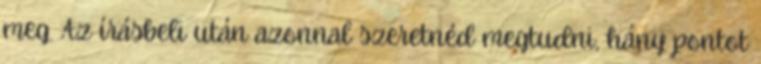
meg. Az írásbeli után azonnal szeretnéd megtudni, hány pontot